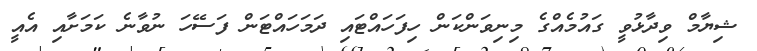
ޝިޔާމް ވިދާޅުވީ ގައުމެއްގެ މިނިވަންކަން ހިފަހައްޓައި ދަމަހައްޓަން ފަސޭހަ ނުވާނެ ކަމަށާއި އެއީ